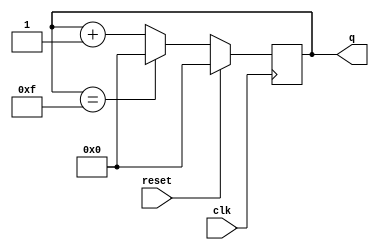
module top_module (
    input clk,
    input reset,      // Synchronous active-high reset
    output [3:0] q);
    
    always @ (posedge clk)
        begin
            if (reset)
                q <= 4'b0;
            else if (q == 15)
				q <= 4'b0;
            else
                begin
                    q <= q + 1'b1;
                end
        end

endmodule